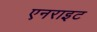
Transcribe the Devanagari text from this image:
एनराइट